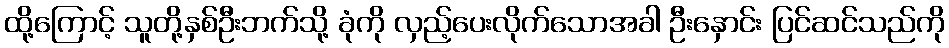
ထို့ကြောင့် သူတို့နှစ်ဦးဘက်သို့ ခုံကို လှည့်ပေးလိုက်သောအခါ ဦးနှောင်း ပြင်ဆင်သည်ကို